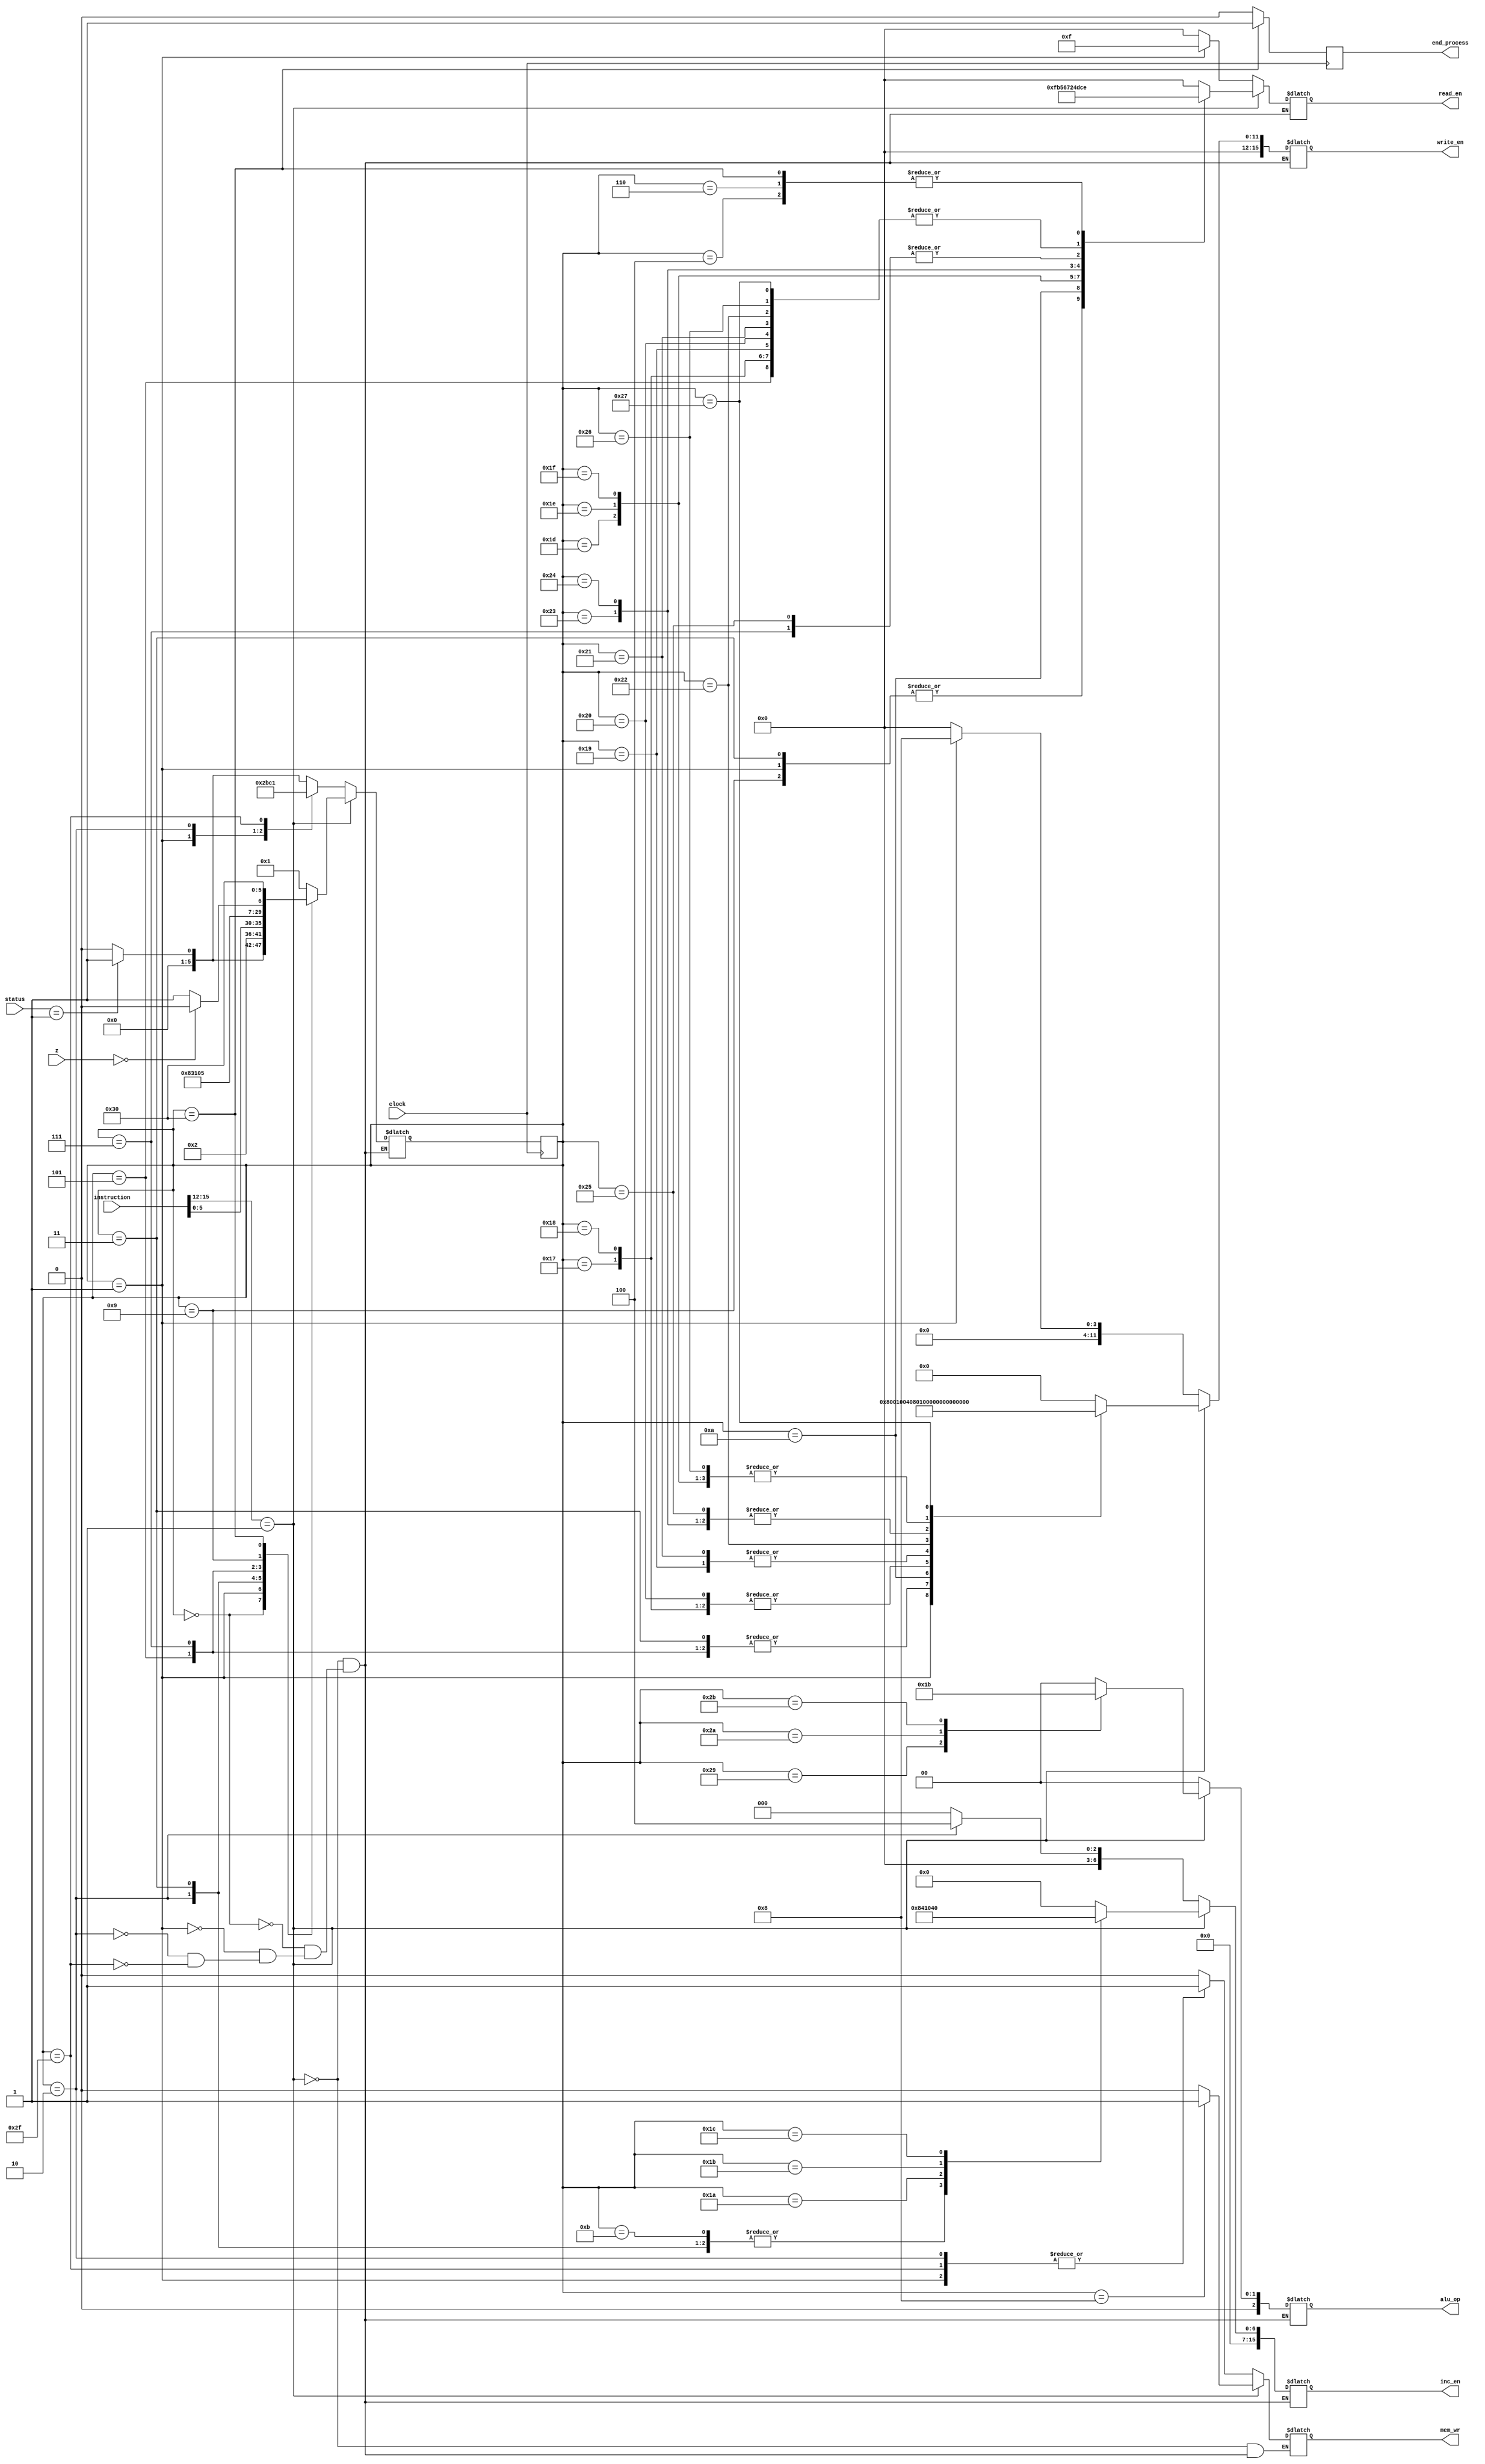
module control(
	input clock,
	input [15:0] z,
	input [ 1: 0] status,
	input [ 15: 0] instruction,
	output reg [ 2: 0] alu_op,
	output reg [ 15: 0] write_en,
	output reg [ 3: 0] read_en,
	output reg [ 15: 0] inc_en,
	output reg mem_wr,
	output reg end_process);
	
	reg [ 5: 0] present = 6'd0;
	reg [ 5: 0] next = 6'd0;
	parameter fetch1 = 6'd1,
	fetch2 = 6'd2,
	loada1 = 6'd3,
	loada2 = 6'd4,
	//loada3 = 6'd5,
	loadb1 = 6'd5,
	loadb2 = 6'd6,
	store1 = 6'd7,
	store2 = 6'd8,
	jumpz1 = 6'd9,
	jumpz2 = 6'd10,
	jumpz3 = 6'd11,
	
	//enaa1 = 6'd10,
	//enaa2 = 6'd11,
	//enaa3 = 6'd12,
	//enab1 = 6'd13,
	//enab2 = 6'd14,
	///enab3 = 6'd15,
	//enac1 = 6'd16,
	///enac2 = 6'd17,
	//enac3 = 6'd18,
	//enad1 = 6'd19,
	//enad2 = 6'd20,
	//enad3 = 6'd21,
	mvacarp = 6'd23,
	mvacacp = 6'd24,
	mvacbcp = 6'd25,
	incam = 6'd26,
	incan = 6'd27,
	incbn = 6'd28,
	mvamr1 = 6'd29,
	mvanr1 = 6'd30,
	mvbnr1 = 6'd31,
	mvarpac = 6'd32,
	mvacpac = 6'd33,
	mvbcpac = 6'd34,
	mvaaac = 6'd35,
	mvabac = 6'd36,
	mvadac = 6'd37,
	mvacr1 = 6'd38,
	mvacr2 = 6'd39,
	mvr2ac = 6'd40,
	multi = 6'd41,
	add = 6'd42,
	sub = 6'd43,
	rstan = 6'd45,
	rstr2 = 6'd46,
	nop = 6'd47,
	endop = 6'd48,
	idle = 6'd0;
	always @(posedge clock)
	present <= next;
	always @(posedge clock)
			begin
			if (present == endop)
			end_process <= 1'd1;
			else
			end_process <= 1'd0;
			end
	always @(present or instruction or status)
				if (instruction[15:12] == 4'd1)
						begin
								case(present)
								
											idle: begin
											mem_wr <= 1'd0;
											read_en <= 4'd0;
											write_en <= 16'b0000000000000000;
											inc_en <= 16'b0000000000000000;
											alu_op <= 3'd0;
											if (status == 2'b01)
											next <= fetch1;
											else
											next <= idle;
											end
											
											fetch1: begin
											mem_wr <= 1'd0;
											read_en <= 4'd15;
											write_en <= 16'b00000000000001000;
											inc_en <= 16'b0000000000000000;
											alu_op <= 3'd0;
											next <= fetch2;
											end
											
											fetch2: begin
											mem_wr = 1'd0;
											read_en <= 4'd0;
											write_en <= 16'b0000000000000000;
											inc_en <= 16'b0000000000000100;
											alu_op <= 3'd0;
											next <= instruction[5:0];
											end
											
											loada1: begin
											mem_wr <= 1'd0;
											read_en <= 4'd15;
											write_en <= 16'b00000000000000001;
											inc_en <= 16'b0000000000000100;
											alu_op <= 3'd0;
											next <= loada2;
											end
											
				
											loada2: begin // ac to bus bus to
											mem_wr = 1'd0;
											read_en <= 4'd14;
											write_en <= 16'b0000100000000000;
											inc_en <= 16'b0000000000000000;
											alu_op <= 3'd0;
											next <= fetch1;
											end
											
											loadb1: begin
											mem_wr = 1'd0;
											read_en <= 4'd12;
											write_en <= 16'b0000000000000001;
											inc_en <= 16'b0000000000000000;
											alu_op <= 3'd0;
											next <= loadb2;
											end
											
											loadb2: begin
											mem_wr = 1'd0;
											read_en <= 4'd14;
											write_en <= 16'b0000100000000000;
											inc_en <= 16'b0000000000000000;
											alu_op <= 3'd0;
											next <= fetch1;
											end
											
											store1: begin
											mem_wr = 1'd0;
											read_en <= 4'd13;
											write_en <= 16'b0000000000000001;
											inc_en <= 16'b0000000000000000;
											alu_op <= 3'd0;
											next <= store2;
											end
											
											store2: begin
											mem_wr = 1'd1;
											read_en <= 4'd0;
											write_en <= 16'b0000000000000000;
											inc_en <= 16'b0000000000000000;
											alu_op <= 3'd0;
											next <= fetch1;
											end
											
											jumpz1: begin
											mem_wr <= 1'd0;
											read_en <= 4'd15;
											write_en <= 16'b0000010000000000;
											inc_en <= 16'b0000000000000000;
											alu_op <= 3'd0;
											if (z == 0)
											next <= jumpz2;
											else
											next <= jumpz3;
											end
											
											jumpz2: begin
											mem_wr = 1'd0;
											read_en <= 4'd11;
											write_en <= 16'b0000000000000100;
											inc_en <= 16'b0000000000000000;
											alu_op <= 3'd0;
											next <= fetch1;
											end
											
											jumpz3: begin
											mem_wr = 1'd0;
											read_en <= 4'd0;
											write_en <= 16'b0000000000000000;
											inc_en <= 16'b0000000000000100;//pc =pc+1
											alu_op <= 3'd0;
											next <= fetch1;
											end
											
//											enaa1: begin
//											mem_wr <= 1'd0;
//											read_en <= 4'd15;
//											write_en <= 16'b00000000000001000;
//											inc_en <= 16'b0000000000000000;
//											alu_op <= 3'd0;
//											next <= enaa2;
//											end
//											
//											enaa2: begin
//											mem_wr = 1'd0;
//											read_en <= 4'd4;
//											write_en <= 16'b0000000000000001;
//											inc_en <= 16'b000000000001000;
//											alu_op <= 3'd0;
//											next <= enaa3;
//											end
//											
//											enaa3: begin
//											mem_wr = 1'd0;
//											read_en <= 4'd14;
//											write_en <= 16'b0010000000000000;
//											inc_en <= 16'b0000000000000000;
//											alu_op <= 3'd0;
//											next <= fetch1;
//											end
//											
//											enab1: begin
//											mem_wr <= 1'd0;
//											read_en <= 4'd15;
//											write_en <= 16'b00000000000001000;
//											inc_en <= 16'b0000000000000000;
//											alu_op <= 3'd0;
//											next <= enab2;
//											end
//											
//											enab2: begin
//											mem_wr = 1'd0;
//											read_en <= 4'd4;
//											write_en <= 16'b0000000000000001;
//											inc_en <= 16'b000000000001000;
//											alu_op <= 3'd0;
//											next <= enab3;
//											end
//											
//											enab3: begin
//											mem_wr = 1'd0;
//											read_en <= 4'd14;
//											write_en <= 16'b0010000000000000;
//											inc_en <= 16'b0000000000000000;
//											alu_op <= 3'd0;
//											next <= fetch1;
//											end
//											
//											enac1: begin
//											mem_wr <= 1'd0;
//											read_en <= 4'd15;
//											write_en <= 16'b00000000000001000;
//											inc_en <= 16'b0000000000000000;
//											alu_op <= 3'd0;
//											next <= enac2;
//											end
//											
//											enac2: begin
//											mem_wr = 1'd0;
//											read_en <= 4'd4;
//											write_en <= 16'b0000000000000001;
//											inc_en <= 16'b000000000001000;
//											alu_op <= 3'd0;
//											next <= enac3;
//											end
//											
//											enac3: begin
//											mem_wr = 1'd0;
//											read_en <= 4'd14;
//											write_en <= 16'b0010000000000000;
//											inc_en <= 16'b0000000000000000;
//											alu_op <= 3'd0;
//											next <= fetch1;
//											end
//											
//											enad1: begin
//											mem_wr <= 1'd0;
//											read_en <= 4'd15;
//											write_en <= 16'b00000000000001000;
//											inc_en <= 16'b0000000000000000;
//											alu_op <= 3'd0;
//											next <= enad2;
//											end
//											
//											enad2: begin
//											mem_wr = 1'd0;
//											read_en <= 4'd4;
//											write_en <= 16'b0000000000000001;
//											inc_en <= 16'b000000000001000;
//											alu_op <= 3'd0;
//											next <= enad3;
//											end
//											
//											enad3: begin
//											mem_wr = 1'd0;
//											read_en <= 4'd14;
//											write_en <= 16'b0010000000000000;
//											inc_en <= 16'b0000000000000000;
//											alu_op <= 3'd0;
//											next <= fetch1;
//											end
											
											mvacarp: begin
											mem_wr = 1'd0;
											read_en <= 4'd12;
											write_en <= 16'b0000000010000000;
											inc_en <= 16'b0000000000000000;
											alu_op <= 3'd0;
											next <= fetch1;
											end
											
											mvacacp: begin
											mem_wr = 1'd0;
											read_en <= 4'd12;
											write_en <= 16'b0000000010000000;
											inc_en <= 16'b0000000000000000;
											alu_op <= 3'd0;
											next <= fetch1;
											end
											
											mvacbcp: begin
											mem_wr = 1'd0;
											read_en <= 4'd12;
											write_en <= 16'b0000000100000000;
											inc_en <= 16'b0000000000000000;
											alu_op <= 3'd0;
											next <= fetch1;
											end
											
											incam: begin
											mem_wr = 1'd0;
											read_en <= 4'd0;
											write_en <= 16'b0000000000000000;
											inc_en <= 16'b0000000000010000;
											alu_op <= 3'd0;
											next <= fetch1;
											end
											
											incan: begin
											mem_wr = 1'd0;
											read_en <= 4'd0;
											write_en <= 16'b0000000000000000;
											inc_en <= 16'b0000000000100000;
											alu_op <= 3'd0;
											next <= fetch1;
											end
											
											incbn: begin
											mem_wr = 1'd0;
											read_en <= 4'd0;
											write_en <= 16'b0000000000000000;
											inc_en <= 16'b0000000001000000;
											alu_op <= 3'd0;
											next <= fetch1;
											end
											
											mvamr1: begin
											mem_wr = 1'd0;
											read_en <= 4'd5;
											write_en <= 16'b0000010000000000;
											inc_en <= 16'b0000000000000000;
											alu_op <= 3'd0;
											next <= fetch1;
											end
											
											mvanr1: begin
											mem_wr = 1'd0;
											read_en <= 4'd6;
											write_en <= 16'b0000010000000000;
											inc_en <= 16'b0000000000000000;
											alu_op <= 3'd0;
											next <= fetch1;
											end
											
											mvbnr1: begin
											mem_wr = 1'd0;
											read_en <= 4'd7;
											write_en <= 16'b0000010000000000;
											inc_en <= 16'b0000000000000000;
											alu_op <= 3'd0;
											next <= fetch1;
											end
											
											mvarpac: begin
											mem_wr = 1'd0;
											read_en <= 4'd12;
											write_en <= 16'b0000000010000000;
											inc_en <= 16'b0000000000000000;
											alu_op <= 3'd0;
											next <= fetch1;
											end
											
											mvacpac: begin
											mem_wr = 1'd0;
											read_en <= 4'd12;
											write_en <= 16'b0000000100000000;
											inc_en <= 16'b0000000000000000;
											alu_op <= 3'd0;
											next <= fetch1;
											end
											
											mvbcpac: begin
											mem_wr = 1'd0;
											read_en <= 4'd12;
											write_en <= 16'b0000001000000000;
											inc_en <= 16'b0000000000000000;
											alu_op <= 3'd0;
											next <= fetch1;
											end
											
											mvaaac: begin
											mem_wr = 1'd0;
											read_en <= 4'd2;
											write_en <= 16'b0000100000000000;
											inc_en <= 16'b0000000000000000;
											alu_op <= 3'd0;
											next <= fetch1;
											end
											
											mvabac: begin
											mem_wr = 1'd0;
											read_en <= 4'd4;
											write_en <= 16'b0000100000000000;
											inc_en <= 16'b0000000000000000;
											alu_op <= 3'd0;
											next <= fetch1;
											end
											
											mvadac: begin
											mem_wr = 1'd0;
											read_en <= 4'd13;
											write_en <= 16'b0000100000000000;
											inc_en <= 16'b0000000000000000;
											alu_op <= 3'd0;
											next <= fetch1;
											end
											
											mvacr1: begin
											mem_wr = 1'd0;
											read_en <= 4'd12;
											write_en <= 16'b0000010000000000;
											inc_en <= 16'b0000000000000000;
											alu_op <= 3'd0;
											next <= fetch1;
											end
											
											mvacr2: begin
											mem_wr = 1'd0;
											read_en <= 4'd12;
											write_en <= 16'b0000000000000010;
											inc_en <= 16'b0000000000000000;
											alu_op <= 3'd0;
											next <= fetch1;
											end
											
											multi: begin
											mem_wr = 1'd0;
											read_en <= 4'd0;
											write_en <= 16'b0000000000000000;
											inc_en <= 16'b0000000000000000;
											alu_op <= 3'd1;
											next <= fetch1;
											end
											
											add: begin
											mem_wr = 1'd0;
											read_en <= 4'd0;
											write_en <= 16'b0000000000000000;
											inc_en <= 16'b0000000000000000;
											alu_op <= 3'd2;
											next <= fetch1;
											end
											
											sub: begin
											mem_wr = 1'd0;
											read_en <= 4'd0;
											write_en <= 16'b0000000000000000;
											inc_en <= 16'b0000000000000000;
											alu_op <= 3'd3;
											next <= fetch1;
											end
											
//											mvr2ac: begin
//											mem_wr = 1'd0;
//											read_en <= 4'd2;
//											write_en <= 16'b0000100000000000;
//											inc_en <= 16'b0000000000000000;
//											alu_op <= 3'd0;
//											next <= fetch1;
//											end
											
											nop: begin
											mem_wr = 1'd0;
											read_en <= 4'd0;
											write_en <= 16'b0000000000000000;
											inc_en <= 16'b0000000000000000;
											alu_op <= 3'd0;
											next <= fetch1;
											end
											
											endop: begin
											mem_wr = 1'd0;
											read_en <= 4'd14;
											write_en <= 16'b0000000000000000;
											inc_en <= 16'b0000000000000000;
											alu_op <= 3'd0;
											next <= endop;
											end
											
											default: begin
											mem_wr = 1'd0;
											read_en <= 4'd0;
											write_en <= 16'b0000000000000000;
											inc_en <= 16'b0000000000000000;
											alu_op <= 3'd0;
											next <= fetch1;
											end
								endcase
						end
				else
						begin
								case(present)
								
											idle: begin
											mem_wr <= 1'd0;
											read_en <= 4'd0;
											write_en <= 16'b0000000000000000;
											inc_en <= 16'b0000000000000000;
											alu_op <= 3'd0;
											if (status == 2'b01)
											next <= fetch1;
											else
											next <= idle;
											end
											
											fetch1: begin
											mem_wr <= 1'd1;
											read_en <= 4'd15;
											write_en <= 16'b00000000000001000;
											inc_en <= 16'b0000000000000000;
											alu_op <= 3'd0;
											next <= fetch2;
											end
											
											fetch2: begin
											mem_wr = 1'd1;
											read_en <= 4'd0;
											write_en <= 16'b0000000000000000;
											inc_en <= 16'b0000000000000100;
											alu_op <= 3'd0;
											next <= nop;
											end
											
											nop: begin
											mem_wr = 1'd1;
											read_en <= 4'd0;
											write_en <= 16'b0000000000000000;
											inc_en <= 16'b0000000000000000;
											alu_op <= 3'd0;
											next <= fetch1;
											end
								endcase
						end
				//end
											
											
											
endmodule